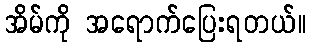
အိမ်ကို အရောက်ပြေးရတယ်။